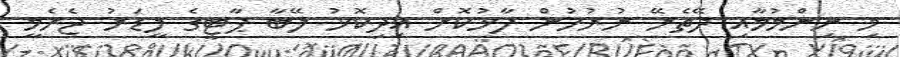
މި ނިންމުމާއި ދޭތެރޭ ނުރުހުން ފާޅުކޮށް އިދިކޮޅު ލޭބާ ޕާޓީގެ ލީޑަރު ޖެރެމީ